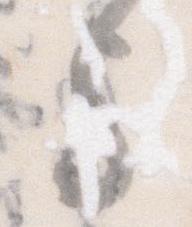
守